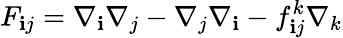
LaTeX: F_{\mathbf{i}j}=\nabla_{\mathbf{i}}\nabla_{j}-\nabla_{j}\nabla_{\mathbf{i}}-f_{\mathbf{i}j}^{k}\nabla_{k}